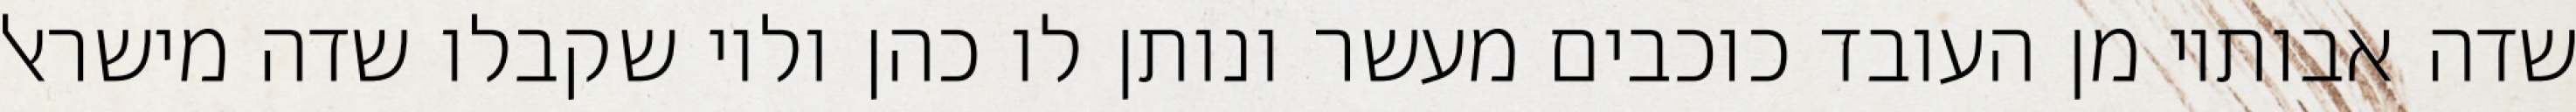
שדה אבותיו מן העובד כוכבים מעשר ונותן לו כהן ולוי שקבלו שדה מישראל